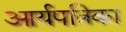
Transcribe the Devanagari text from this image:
आर्यपत्रिका